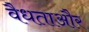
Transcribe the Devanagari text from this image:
वैधताऔर